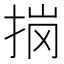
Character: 𭠽